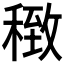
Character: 𥠽